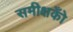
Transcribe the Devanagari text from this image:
समीक्षकोँ